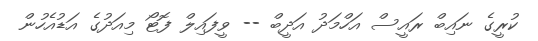
ކުރީގެ ނައިބް ރައީސް އަހްމަދު އަދީބް -- ވީފައިލް ފޮޓޯ މިއަދުގެ އަޑުއެހުން